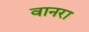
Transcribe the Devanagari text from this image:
वानरा